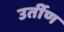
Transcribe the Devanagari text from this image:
उर्तीण